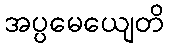
အပ္ပမေယျေတိ